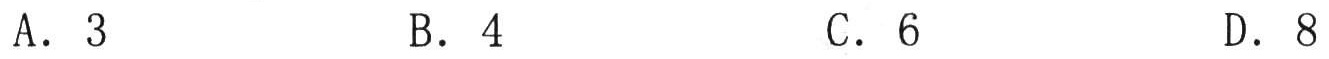
A. \(3\)  B. \(4\)  C. \(6\)  D. \(8\)